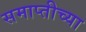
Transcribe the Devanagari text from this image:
समाप्‍तीच्या